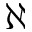
\aleph